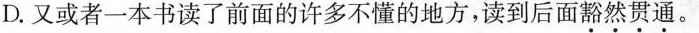
D.又或者一本书读了前面的许多不懂的地方，读到后面豁然贯通。